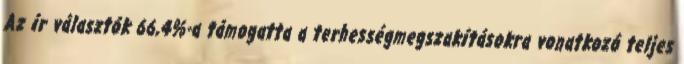
Az ír választók 66,4%-a támogatta a terhességmegszakításokra vonatkozó teljes